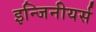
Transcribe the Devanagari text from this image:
इन्जिनीयर्स